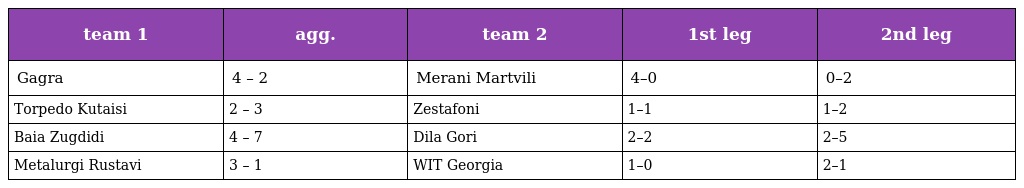
| team 1 | agg. | team 2 | 1st leg | 2nd leg |
 | --- | --- | --- | --- | --- |
 | Gagra | 4 – 2 | Merani Martvili | 4–0 | 0–2 |
 | Torpedo Kutaisi | 2 – 3 | Zestafoni | 1–1 | 1–2 |
 | Baia Zugdidi | 4 – 7 | Dila Gori | 2–2 | 2–5 |
 | Metalurgi Rustavi | 3 – 1 | WIT Georgia | 1–0 | 2–1 |